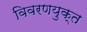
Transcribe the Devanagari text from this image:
विवरणयुक्त